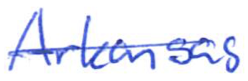
Text: Arkansas
Cross-out: mix
Writing tool: ballpoint